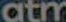
atm